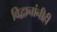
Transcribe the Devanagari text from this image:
विद्वानांनीही